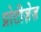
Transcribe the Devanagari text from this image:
प्रोटीज़ेज़